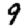
Digit: 9